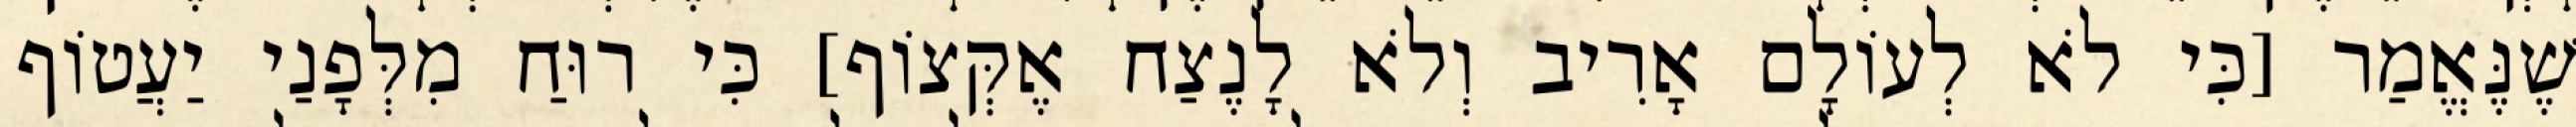
שֶׁנֶּאֱמַר [כִּי לֹא לְעוֹלָם אָרִיב וְלֹא לָנֶצַח אֶקְּצוֹף] כִּי רוּחַ מִלְּפָנַי יַעֲטוֹף